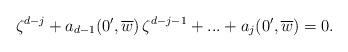
LaTeX: \begin{align*}\zeta^{d-j} + a_{d-1}(0', \overline w)\, \zeta^{d-j-1} + ...+ a_j(0', \overline w) = 0 .\end{align*}